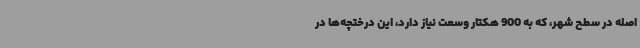
اصله در سطح شهر، که به 900 هکتار وسعت نیاز دارد، این درختچه‌ها در